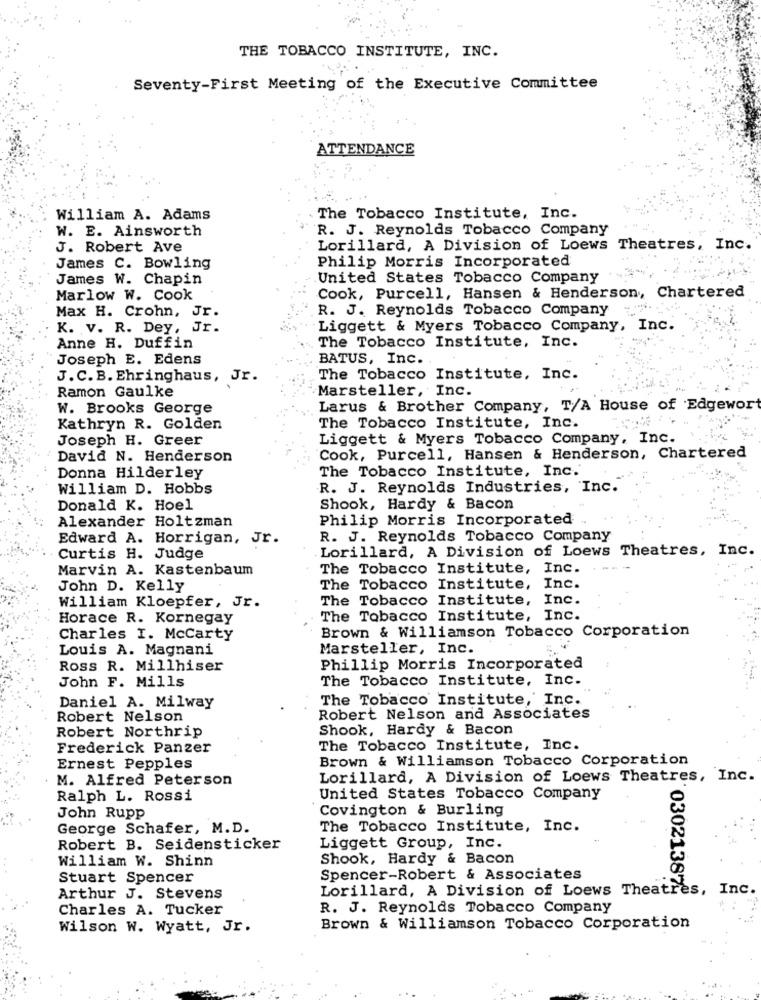
THE TOBACCO INSTITUTE, INC.
Seventy-First Meeting of the Executive Committee
ATTENDANCE
William A. Adams
The Tobacco Institute, Inc.
W. E. Ainsworth
R. J. Reynolds Tobacco Company
J. Robert Ave
Lorillard, A Division of Loews Theatres, Inc.
James C. Bowling
Philip Morris Incorporated
James W. Chapin
United States Tobacco Company
Marlow W. Cook
Cook, Purcell, Hansen & Henderson, Chartered
Max H. Crohn, Jr.
R. J. Reynolds Tobacco Company
K. v. R. Dey, Jr.
Liggett & Myers Tobacco Company, Inc.
Anne H. Duffin
The Tobacco Institute, Inc.
Joseph E. Edens
BATUS, Inc.
J. C. B. Ehringhaus, Jr.
The Tobacco Institute, Inc.
Ramon Gaulke
Marsteller, Inc.
W. Brooks George
Larus & Brother Company, T/A House of Edgewort
Kathryn R. Golden
The Tobacco Institute, Inc.
Joseph H. Greer
Liggett & Myers Tobacco Company, Inc.
David N. Henderson
Cook, Purcell, Hansen & Henderson, Chartered
Donna Hilderley
The Tobacco Institute, Inc.'
William D. Hobbs
R. J. Reynolds Industries, Inc.
Donald K. Hoel
Shook, Hardy & Bacon
Alexander Holtzman
Philip Morris Incorporated
Edward A. Horrigan, Jr.
R. J. Reynolds Tobacco Company
Lorillard, A Division of Loews Theatres, Inc.
Curtis H. Judge
Marvin A. Kastenbaum
The Tobacco Institute, Inc.
John D. Kelly
The Tobacco Institute, Inc.
William Kloepfer, Jr.
The Tobacco Institute, Inc.
Horace R. Kornegay
The Tobacco Institute, Inc.
Brown & Williamson Tobacco Corporation
Charles I. McCarty
Louis A. Magnani
Marsteller, Inc.
Ross R. Millhiser
Phillip Morris Incorporated
John F. Mills
The Tobacco Institute, Inc.
The Tobacco Institute, Inc.
Daniel A. Milway
Robert Nelson
Robert Nelson and Associates
Robert Northrip
Shook, Hardy & Bacon
Frederick Panzer
The Tobacco Institute, Inc.
Brown & Williamson Tobacco Corporation
Ernest Pepples
M. Alfred Peterson
Lorillard, A Division of Loews Theatres, Inc.
Ralph L. Rossi
United States Tobacco Company
Covington & Burling
John Rupp
George Schafer, M.D.
The Tobacco Institute, Inc.
Robert B. Seidensticker
Liggett Group, Inc.
William W. Shinn
Shook, Hardy & Bacon
Stuart Spencer
Spencer-Robert & Associates
Lorillard, A Division of Loews Theatres, Inc.
03021387
Arthur J. Stevens
Charles A. Tucker
R. J. Reynolds Tobacco Company
Wilson W. Wyatt, Jr.
Brown & Williamson Tobacco Corporation